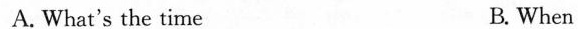
A. What's the time B. When